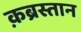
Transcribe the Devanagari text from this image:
क़ब्रस्तान